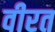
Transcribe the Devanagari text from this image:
वीरत